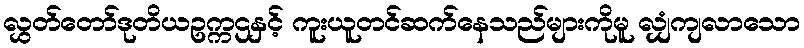
လွှတ်တော်ဒုတိယဥက္ကဌနှင့် ကူးယူတင်ဆက်နေသည်များကိုမူ လျှံကျလာသော